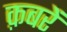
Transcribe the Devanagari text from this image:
क़बरें